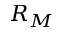
R _ { M }